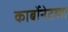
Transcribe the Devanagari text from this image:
कार्बोनेटच्या